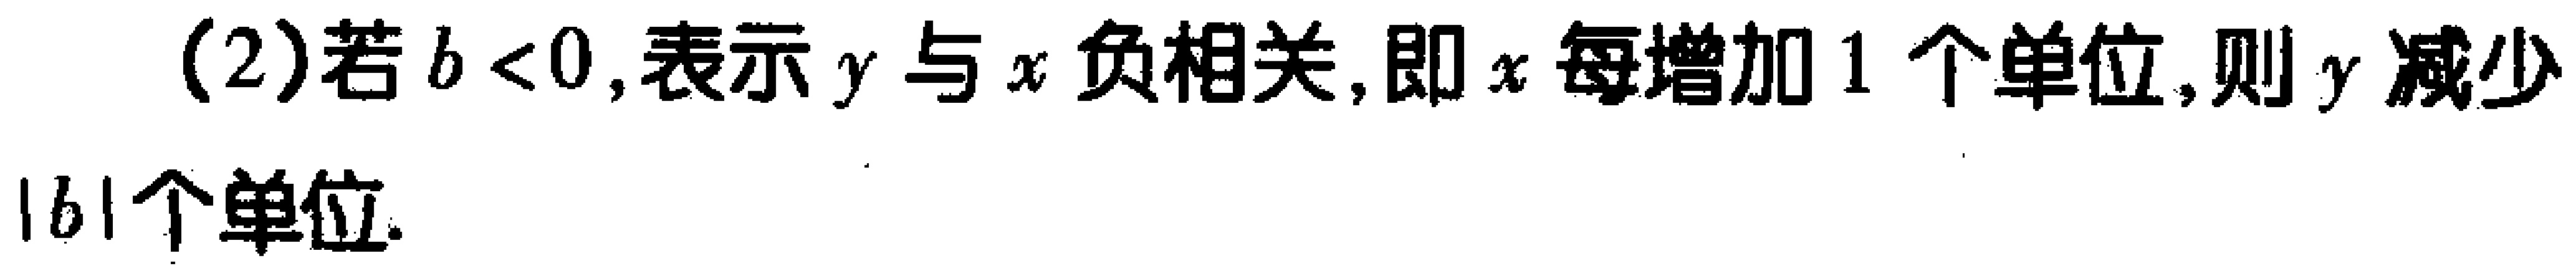
$t^{3}-10t^{2}+33t - 36 = 0$